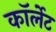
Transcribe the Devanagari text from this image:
कॉर्लेट